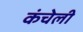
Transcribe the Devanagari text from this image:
कंचेली